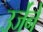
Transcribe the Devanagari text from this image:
उर्जेने